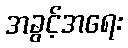
အခွင့်အရေး